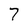
Character: 7